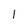
Character: 1